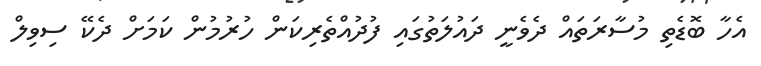
އެހާ ބޮޑެތި މުސާރަތައް ދެވެނީ ދައުލަތުގައި ފުދުއްތެރިކަން ހުރުމުން ކަމަށް ދެކޭ ސިވިލް